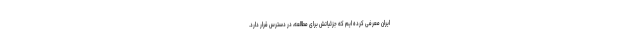
ایران معرفی کرده ایم که جزئیاتش برای مطالعه، در دسترس قرار دارد.